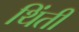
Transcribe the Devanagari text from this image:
थिंती